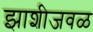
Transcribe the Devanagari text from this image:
झाशीजवळ